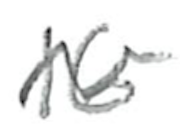
Text: 16
Cross-out: wave
Writing tool: pencil